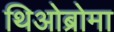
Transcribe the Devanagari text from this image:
थिओब्रोमा